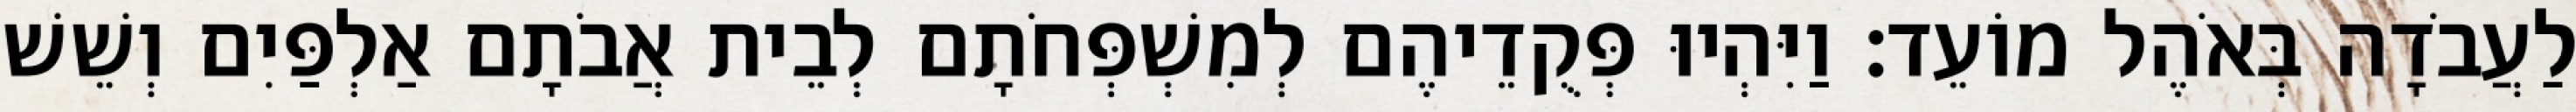
לַעֲבֹדָה בְּאֹהֶל מוֹעֵד׃ וַיִּהְיוּ פְּקֻדֵיהֶם לְמִשְׁפְּחֹתָם לְבֵית אֲבֹתָם אַלְפַּיִם וְשֵׁשׁ